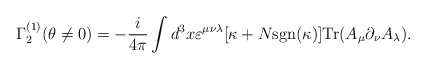
\begin{align*}\Gamma_2^{(1)}(\theta\neq 0)=-\frac{i}{4\pi}\int d^3x\varepsilon^{\mu\nu\lambda}[\kappa+ N \mbox{sgn}(\kappa)] \mbox{Tr} (A_{\mu}\partial_{\nu}A_{\lambda}).\end{align*}